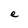
Character: e